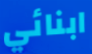
ابنائي